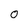
Character: 0